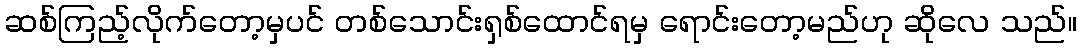
ဆစ်ကြည့်လိုက်တော့မှပင် တစ်သောင်းရှစ်ထောင်ရမှ ရောင်းတော့မည်ဟု ဆိုလေ သည်။